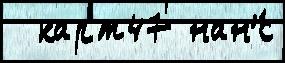
  карт47 нан'́с